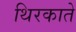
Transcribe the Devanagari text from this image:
थिरकाते